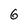
Character: 6